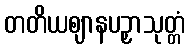
တတိယဈာနပဉှာသုတ္တံ